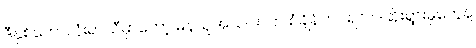
ဒီနှစ်ဘောလုံးရာသီမှာတော့ မန်ယူအသင်းဟာ စံချိန်တင်ရလဒ်ဆိုးရွားမှုတွေနဲ့